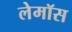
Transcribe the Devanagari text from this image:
लेमॉस